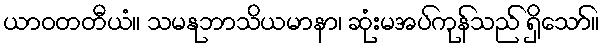
ယာဝတတီယံ။ သမနုဘာသိယမာနာ၊ ဆုံးမအပ်ကုန်သည် ရှိသော်။